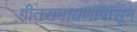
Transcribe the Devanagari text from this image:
गीतरामायणापासून